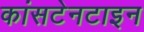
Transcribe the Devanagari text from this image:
कांसटेनटाइन